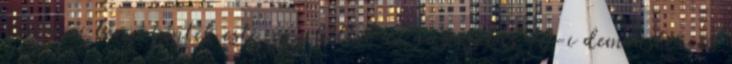
Victoriei téren péntek este,egy héttel az augusztus 10-i demonstráció